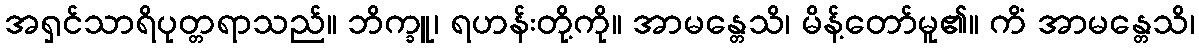
အရှင်သာရိပုတ္တရာသည်။ ဘိက္ခူ၊ ရဟန်းတို့ကို။ အာမန္တေသိ၊ မိန့်တော်မူ၏။ ကိံ အာမန္တေသိ၊